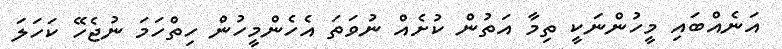
އަނެއްބައި މީހުންނަކީ ތިމާ އަތުން ކުށެއް ނުވަތަ އެހެންމީހުން ހިތްހަމަ ނުޖެހޭ ކަހަަލަ